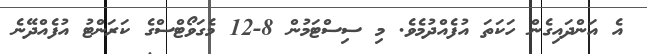
އެ އަންދައިގެން ހަކަތަ އުފެއްދުމެވެ. މި ސިސްޓަމުން 8-12 މެގަވޯޓްސްގެ ކަރަންޓު އުފެއްދޭނެ